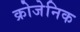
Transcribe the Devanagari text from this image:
क्रोजेनिक